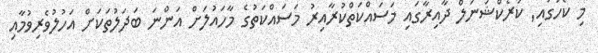
މި ކޯހުގައި